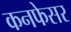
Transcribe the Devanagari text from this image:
कनफेसर